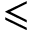
\leqslant